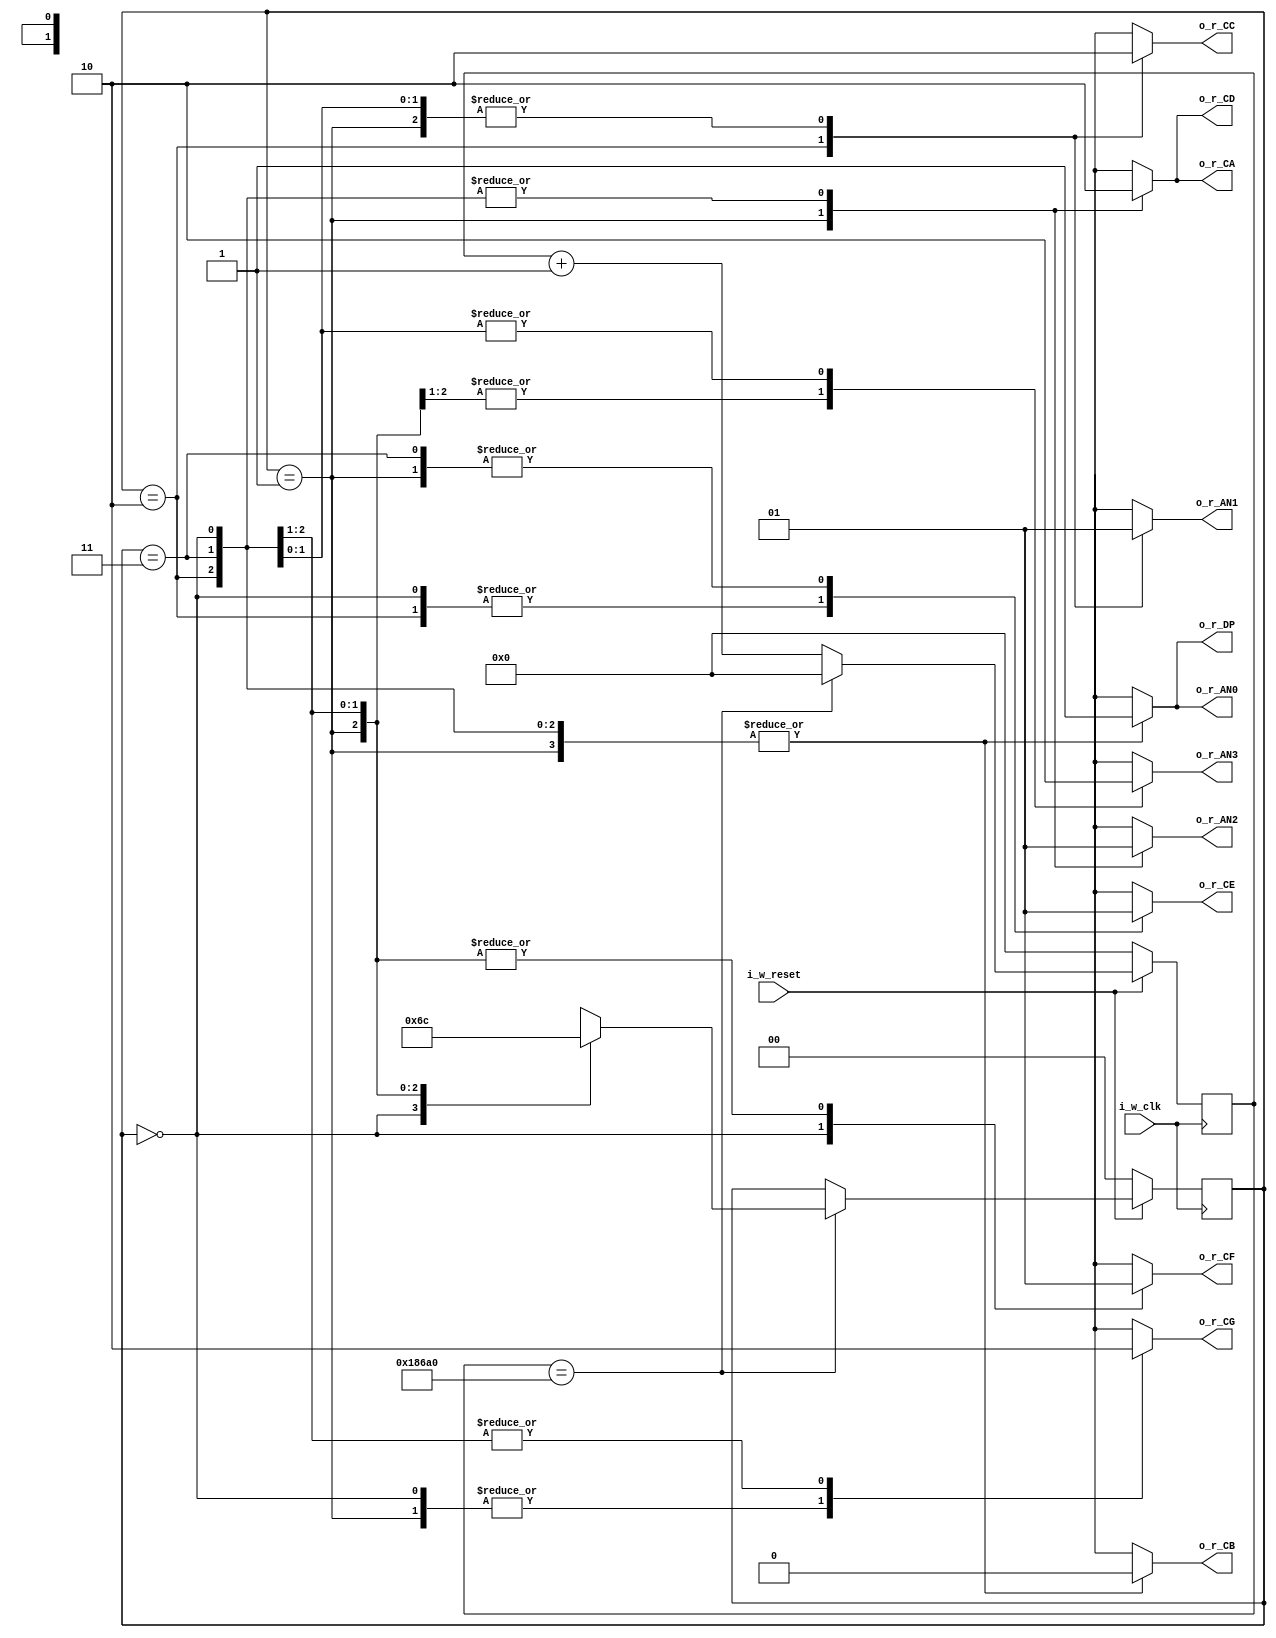
module ex2(
    output reg o_r_AN0,
    output reg o_r_AN1,
    output reg o_r_AN2,
    output reg o_r_AN3,
    output reg o_r_CA,
    output reg o_r_CB,
    output reg o_r_CC,
    output reg o_r_CD,
    output reg o_r_CE,
    output reg o_r_CF,
    output reg o_r_CG,
    output reg o_r_DP,
    input      i_w_reset,
    input      i_w_clk
    );

    localparam STATE_0 = 0;
    localparam STATE_1 = 1;
    localparam STATE_2 = 2;
    localparam STATE_3 = 3;

    reg [1:0]  l_r_currentState;
    reg [1:0]  l_r_nextState;

    reg [31:0] l_r_delay;

    always @(posedge i_w_clk) begin
        if (i_w_reset == 0) begin
            l_r_currentState <= STATE_0;
            l_r_delay <= 0;
        end else begin
            // TODO: Delay digits change to prevent bleeding
            
            l_r_delay <= l_r_delay + 1;
            
            if (l_r_delay == 100000) begin
                l_r_currentState <= l_r_nextState;
                l_r_delay <= 0;
            end
        end
    end

    always @(*) begin
        case (l_r_currentState)
            // TODO: Display digits 0123
            STATE_0: begin //  display 0
                o_r_AN0 = 1;
                o_r_AN1 = 1;
                o_r_AN2 = 1;
                o_r_AN3 = 0;
                o_r_CA = 0;
                o_r_CB = 0;
                o_r_CC = 0;
                o_r_CD = 0;
                o_r_CE = 0;
                o_r_CF = 0;
                o_r_CG = 1;
                o_r_DP = 1;
                
                l_r_nextState = STATE_1;
            end
            STATE_1: begin //  display 1
                o_r_AN0 = 1;
                o_r_AN1 = 1;
                o_r_AN2 = 0;
                o_r_AN3 = 1;
                o_r_CA = 1;
                o_r_CB = 0;
                o_r_CC = 0;
                o_r_CD = 1;
                o_r_CE = 1;
                o_r_CF = 1;
                o_r_CG = 1;
                o_r_DP = 1;
                
                l_r_nextState = STATE_2;
            end
            
            STATE_2: begin //  display 2
                o_r_AN0 = 1;
                o_r_AN1 = 0;
                o_r_AN2 = 1;
                o_r_AN3 = 1;
                o_r_CA = 0;
                o_r_CB = 0;
                o_r_CC = 1;
                o_r_CD = 0;
                o_r_CE = 0;
                o_r_CF = 1;
                o_r_CG = 0;
                o_r_DP = 1;
                l_r_nextState = STATE_3;
            end
            
            STATE_3: begin //  display 3
                o_r_AN0 = 1;
                o_r_AN1 = 1;
                o_r_AN2 = 1;
                o_r_AN3 = 0;
                o_r_CA = 0;
                o_r_CB = 0;
                o_r_CC = 0;
                o_r_CD = 0;
                o_r_CE = 1;
                o_r_CF = 1;
                o_r_CG = 0;
                o_r_DP = 1;
                
                l_r_nextState = STATE_0;
            end
        endcase
    end    
endmodule